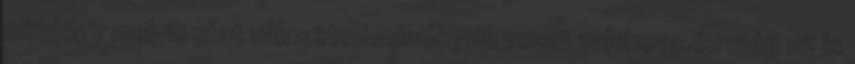
mindegy melyik utat választod.mindegyik vezet valahova.és még az is